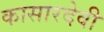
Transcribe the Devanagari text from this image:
कासारदेवी